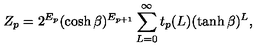
Z _ { p } = 2 ^ { E _ { p } } ( \cosh \beta ) ^ { E _ { p + 1 } } \sum _ { L = 0 } ^ { \infty } t _ { p } ( L ) ( \tanh \beta ) ^ { L } ,